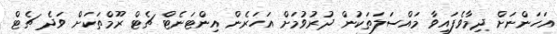
އަހަންނަށް ދިމާވެފައިވާ މައްސަލަތަކުން ދުރުވުމަށް އަހަރެން އިންޓަނެޓް ޗެޓް ރޫމްތަަކަށް ވަދެ ޗެޓް